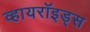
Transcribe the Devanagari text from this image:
व्हायरॉइड्स